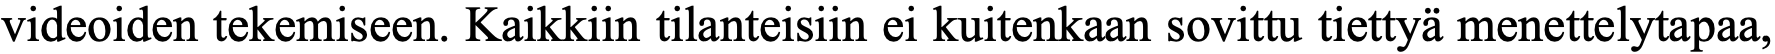
videoiden tekemiseen. Kaikkiin tilanteisiin ei kuitenkaan sovittu tiettyä menettelytapaa,